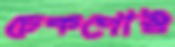
চেকপোস্ট